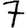
Digit: 7